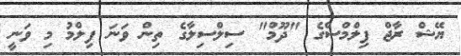
ޔޭޝް ރާޖް ފިލްމްސްގެ "ދޫމް" ސިލްސިލާގެ ތިން ވަނަ ފިލްމު މި ވަނީ